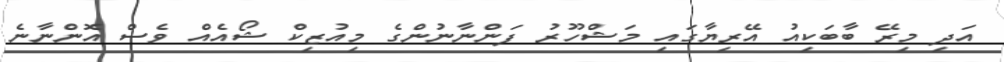
އަދި މިރޭ ބާބަކިއު އޭރިޔާގައި މަޝްހޫރު ފަންނާނުންގެ މިއުޒިކް ޝޯއެއް ވެސް އޮންނާނެ